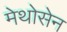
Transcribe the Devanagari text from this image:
मेथोसेन